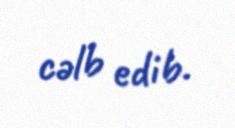
cəlb edib.